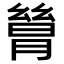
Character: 𬂋